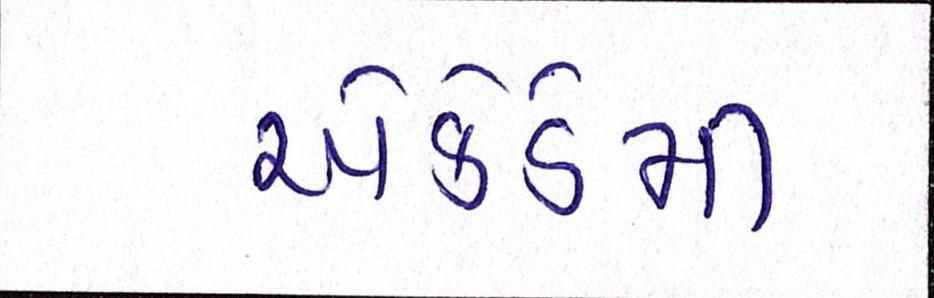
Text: એકેડેમી